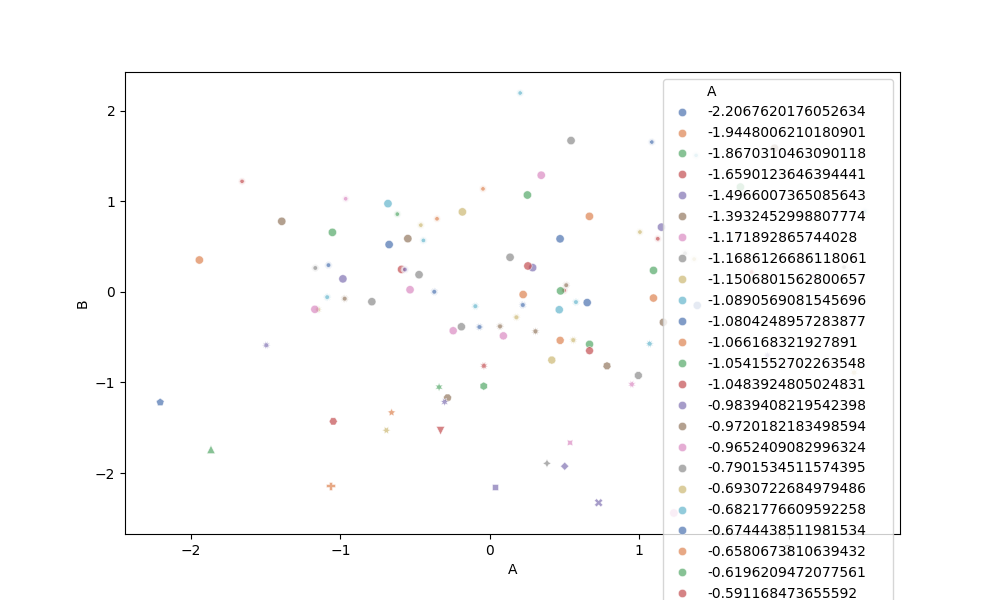
python, seaborn, scatterplot, hue='A', style='B', size='None', palette='deep', alpha=0.7